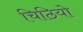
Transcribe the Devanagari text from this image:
चिठियो